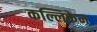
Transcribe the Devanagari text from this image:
कल्लिक्रेन